Civil Veterinary Department Bihar reports 1936-40 - 1936-1940
Year: 1936
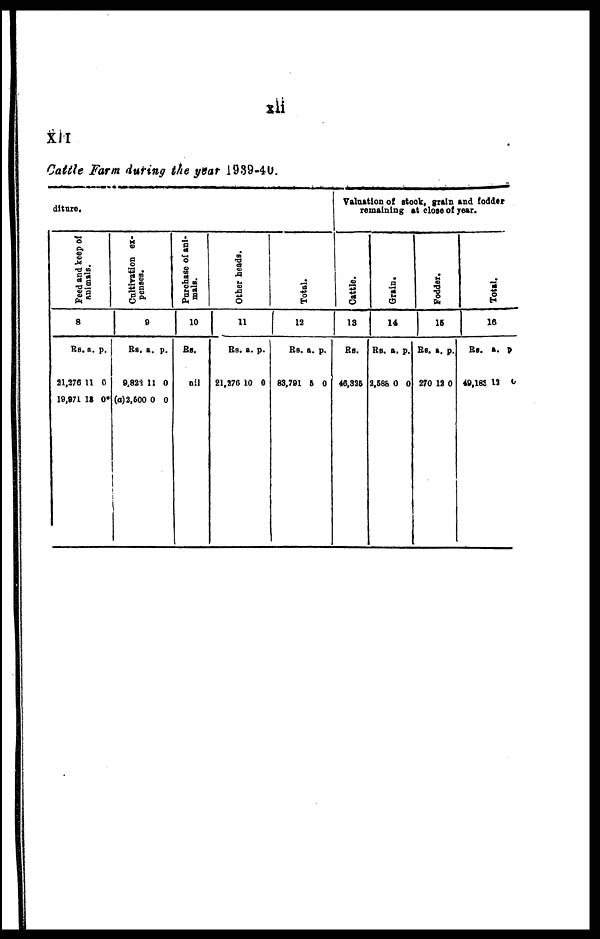
xli
XII
Cattle Farm during the year 1939-40.
diture.
Feed and keep of
animals.
8
Rs.
31,276
19,971
a.
11
18
p.
0
0*
Cultivation ex-
penses.
9
Rs.
9,823
(a)2,500
a.
11
0
p.
0
0
Purchase of ani-
mals.
10
Rs.
nil
Other heads.
1
1
Rs.
21,376
a.
10
p.
0
Total.
12
RS.
83,791 11
a. p.
0
Valuation of stock, grain and fodder
remaining at close of year.
Cattle.
13
Rs.
46,325
Gr ai n.
14
Rs.
2,588
a.
0
p.
0
Fodder.
15
Rs.
270
a.
12
p.
0
Tot al .
16
Rs.
49,183
a. p
12 0